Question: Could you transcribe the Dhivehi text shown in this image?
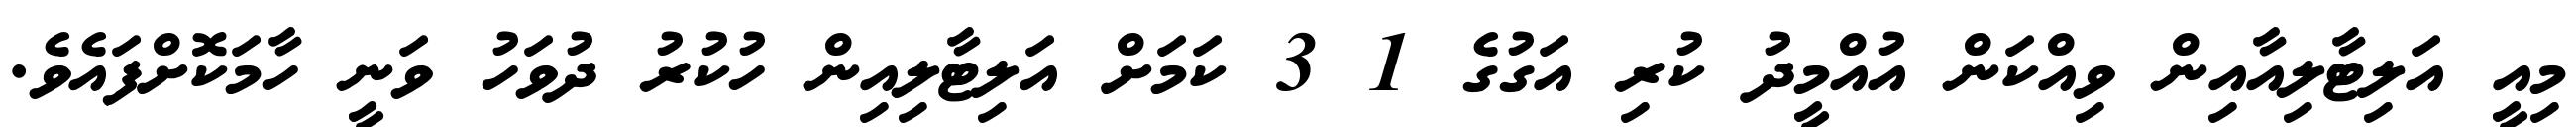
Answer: މިއީ އަލިޓާލިއާއިން ވިއްކަން އުއްމީދު ކުރި އަގުގެ 1 3 ކަމަށް އަލިޓާލިއިން ހުކުރު ދުވަހު ވަނީ ހާމަކޮށްފައެވެ.